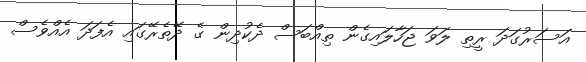
އަސަރުގަދަ ރީތި ލަވަ ޖަހާލައިގެން ތިއްބަސް ދެކުދިން ގެ ދޭތެރޭގައި އެފަދަ އެއްވެސް